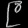
Digit: ၉